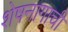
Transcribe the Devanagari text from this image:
शेषनागाची